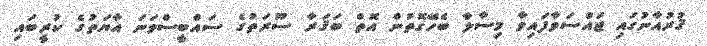
ޤުރުއާނުގައި ޖައްސަވާފައިވާ މިސާލާ ބެހޭގޮތުން އޮތް ބަޤަރާ ސޫރަތުގެ ސައްބީސްވަނަ އާޔަތުގެ ކުރީބައި